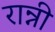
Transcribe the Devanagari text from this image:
रान्नी